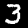
Digit: 3